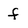
Character: f